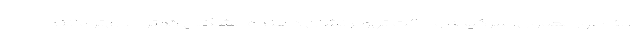
"، به طور معمول، سرگیجه و حالت تهوع نشان دهنده مشکلی کمتر جدی‌تر مانند